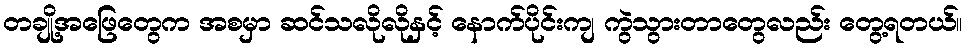
တချို့အဖြေတွေက အစမှာ ဆင်သလိုလိုနှင့် နောက်ပိုင်းကျ ကွဲသွားတာတွေလည်း တွေ့ရတယ်။